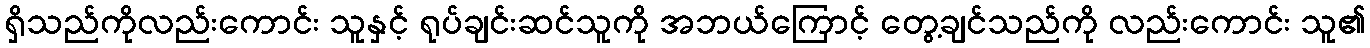
ရှိသည်ကိုလည်းကောင်း သူနှင့် ရုပ်ချင်းဆင်သူကို အဘယ်ကြောင့် တွေ့ချင်သည်ကို လည်းကောင်း သူ၏